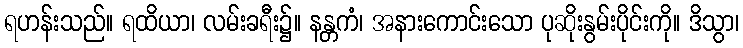
ရဟန်းသည်။ ရထိယာ၊ လမ်းခရီး၌။ နန္တကံ၊ အနားကောင်းသော ပုဆိုးနွမ်းပိုင်းကို။ ဒိသွာ၊